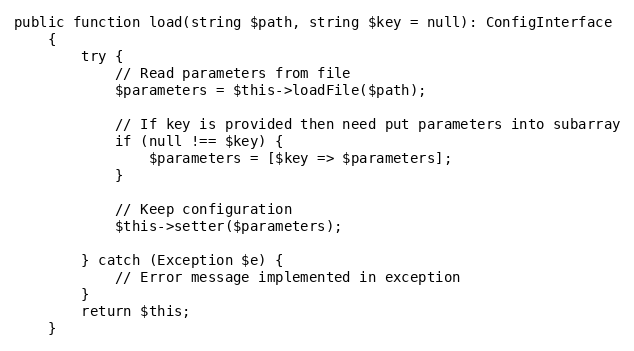
Language: PHP
public function load(string $path, string $key = null): ConfigInterface
    {
        try {
            // Read parameters from file
            $parameters = $this->loadFile($path);

            // If key is provided then need put parameters into subarray
            if (null !== $key) {
                $parameters = [$key => $parameters];
            }

            // Keep configuration
            $this->setter($parameters);

        } catch (Exception $e) {
            // Error message implemented in exception
        }
        return $this;
    }